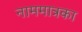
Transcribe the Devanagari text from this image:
नाममात्रका